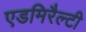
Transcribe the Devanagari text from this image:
एडमिरैल्टी